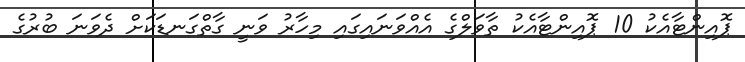
ޕޮއިންޓާއެކު 10 ޕޮއިންޓާއެކު ތާވަލްގެ އެއްވަނައިގައި މިހާރު ވަނީ ގާތްގަނޑަކަށް ދެވަނަ ބުރުގެ